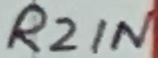
Text: R2IN